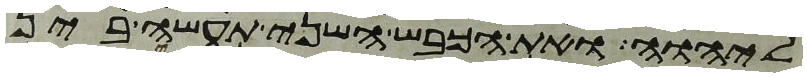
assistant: ליהוה ואת הכבש השני תעשה בין